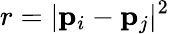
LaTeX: r=|\mathbf{p}_{i}-\mathbf{p}_{j}|^{2}